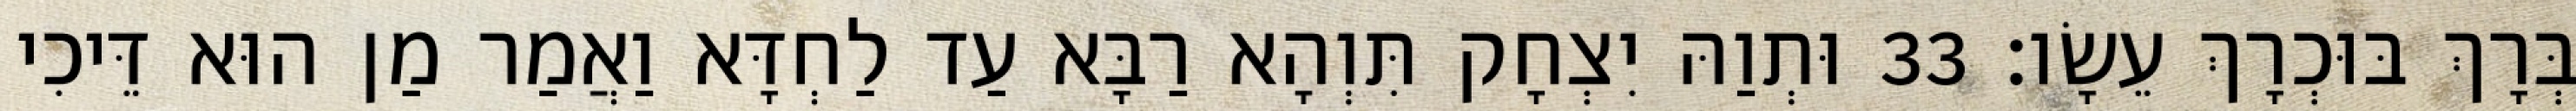
בְּרָךְ בּוּכְרָךְ עֵשָׂו׃ 33 וּתְוַהּ יִצְחָק תִּוְהָא רַבָּא עַד לַחְדָּא וַאֲמַר מַן הוּא דֵּיכִי